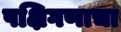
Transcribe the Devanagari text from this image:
पक्षिगणाचा